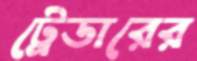
ট্রেডারের